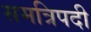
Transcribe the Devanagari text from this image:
समत्रिपदी